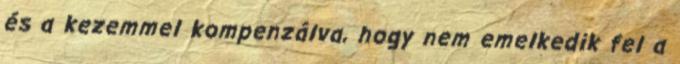
és a kezemmel kompenzálva, hogy nem emelkedik fel a